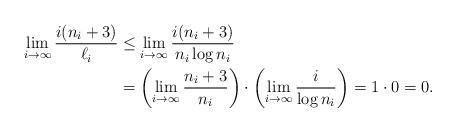
LaTeX: \begin{align*}\lim_{i \to \infty} \frac{i(n_i+3)}{\ell_i} &\le \lim_{i \to \infty} \frac{i(n_i+3)}{n_i \log n_i } \\&= \left( \lim_{i \to \infty} \frac{n_i+3}{n_i} \right) \cdot \left( \lim_{i \to \infty} \frac{i}{\log n_i} \right) = 1 \cdot 0 = 0. \end{align*}